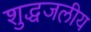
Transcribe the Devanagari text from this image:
शुद्धजलीय